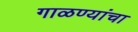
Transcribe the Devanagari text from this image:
गाळण्यांचा